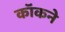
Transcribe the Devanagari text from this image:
कॉकने